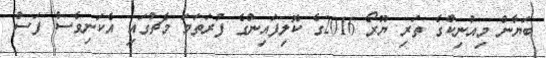
ބަޔާން މިއުނިކްގެ ތަރި ޔޫރޯ 2016ގެ ކޮލިފައިންގެ ފުރަތަމަ މެޗުގައި އެކަނިވެސް ފަސް